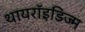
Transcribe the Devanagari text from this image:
थायरॉइडिज्म